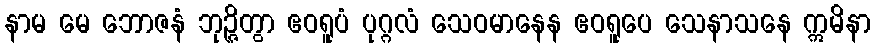
နာမ မေ ဘောဇနံ ဘုဉ္ဇိတွာ ဧဝရူပံ ပုဂ္ဂလံ သေဝမာနေန ဧဝရူပေ သေနာသနေ ဣမိနာ